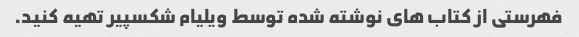
فهرستی از کتاب های نوشته شده توسط ویلیام شکسپیر تهیه کنید.